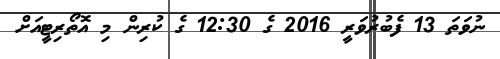
ނުވަތަ 13 ފެބުރުވަރީ 2016 ގެ 12:30 ގެ ކުރިން މި އޮތޯރިޓީއަށް